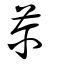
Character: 薾